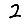
Digit: 2